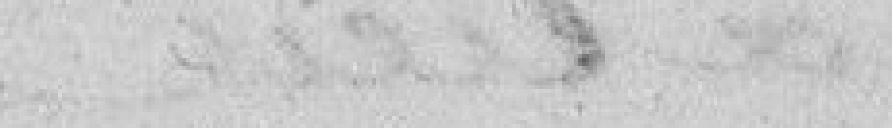
serait adressée à Sa Majesté Louis Philippe